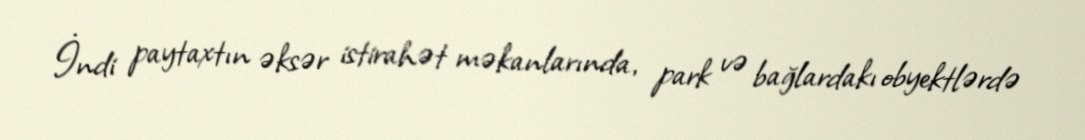
İndi paytaxtın əksər istirahət məkanlarında, park və bağlardakı obyektlərdə